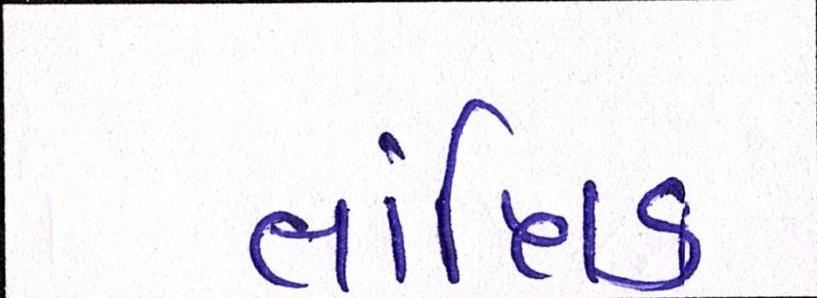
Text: તાંત્રિક